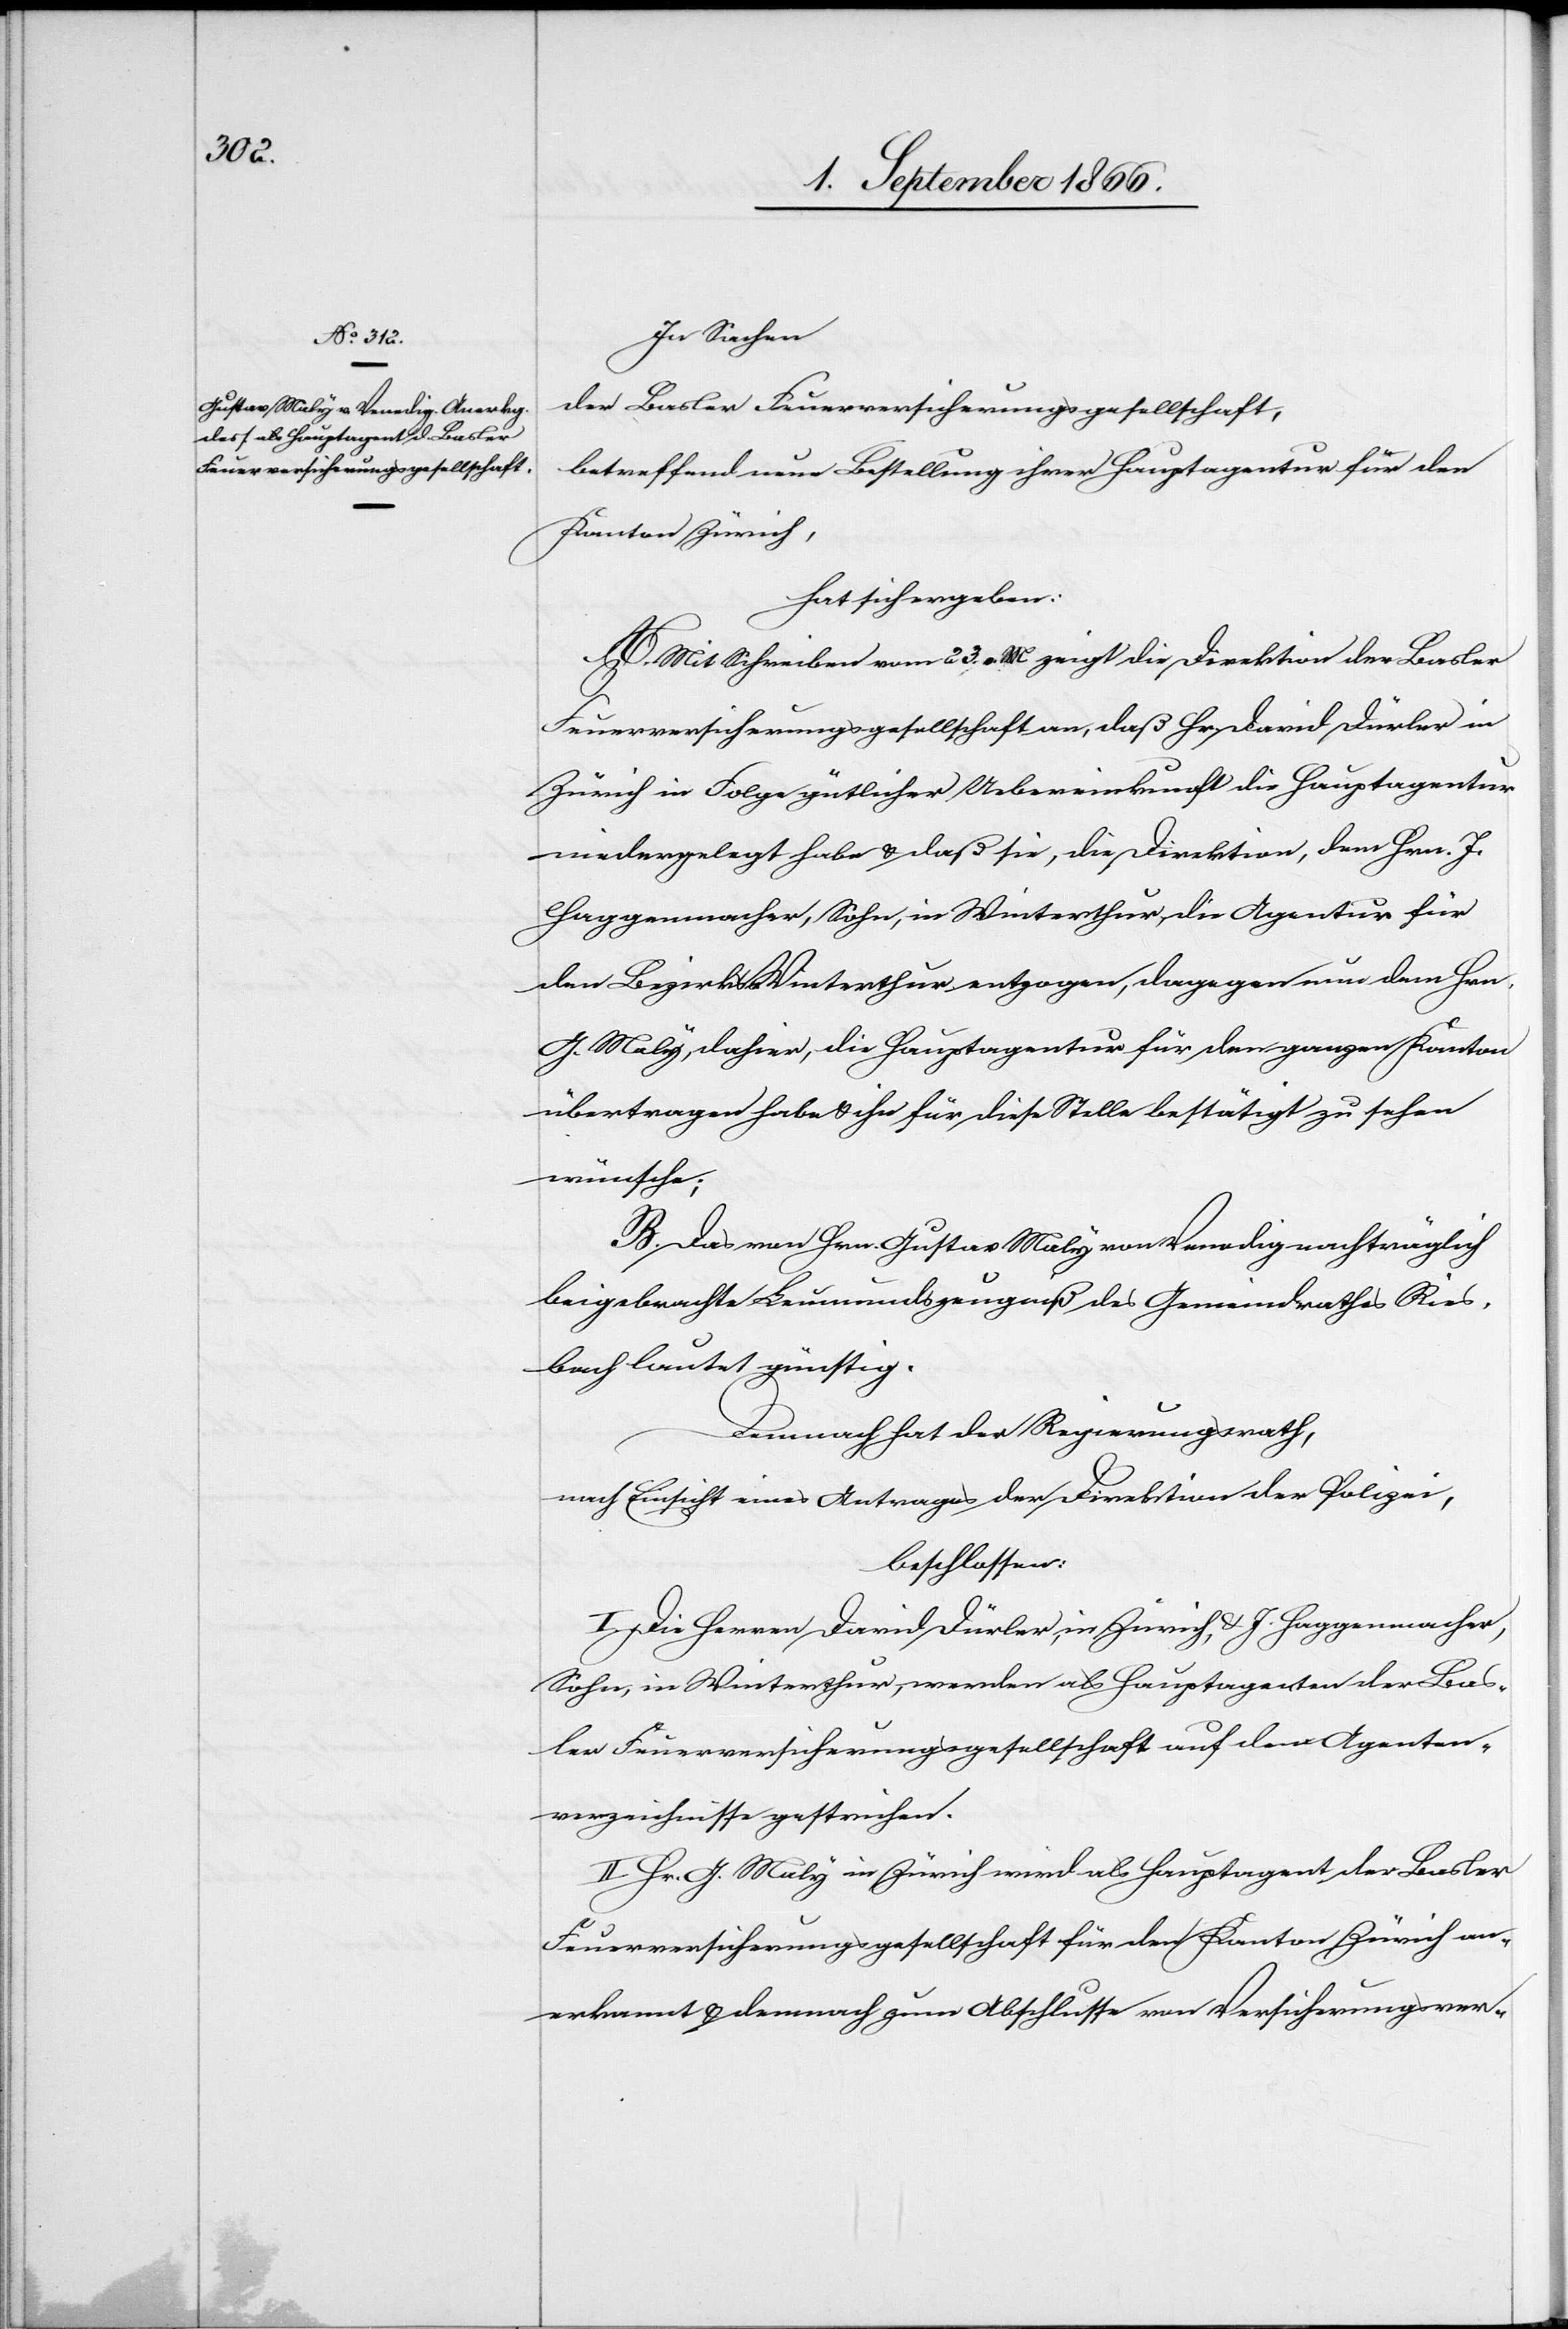
In Sachen
der Basler Feuerversicherungsgesellschaft,
betreffend neue Bestellung ihrer Hauptagentur für den
Kanton Zürich,
hat sich ergeben:
A. Mit Schreiben vom 23. v. M. zeigt die Direktion der Basler
Feuerversicherungsgesellschaft an, daß Hr. David Dürler in
Zürich in Folge gütlicher Uebereinkunft die Hauptagentur
niedergelegt habe u. daß sie, die Direktion, dem Hrn. J.
Haggenmacher, Sohn, in Winterthur, die Agentur für
den Bezirk Winterthur entzogen, dagegen neu dem Hrn.
G. Maly, dahier, die Hauptagentur für den ganzen Kanton
übertragen habe u. ihn für diese Stelle bestätigt zu sehen
wünsche.
B. Das von Hrn. Gustav Maly von Venedig nachträglich
beigebrachte Leumundszeugniß des Gemeindrathes Ries¬
bach lautet günstig.
Demnach hat der Regierungsrath,
nach Einsicht eines Antrages der Direktion der Polizei,
beschlossen:
I. Die Herren David Dürler, in Zürich, u. J. Haggenmacher,
Sohn, in Winterthur, werden als Hauptagenten der Bas¬
ler Feuerversicherungsgesellschaft auf dem Agenten¬
verzeichnisse gestrichen.
II. Hr. G. Maly in Zürich wird als Hauptagent der Basler
Feuerversicherungsgesellschaft für den Kanton Zürich an¬
erkannt u. demnach zum Abschlusse von Versicherungsver-